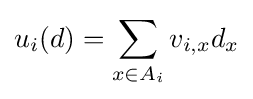
u_{i}(d)=\sum _{x\in A_{i}}v_{i,x}d_{x}